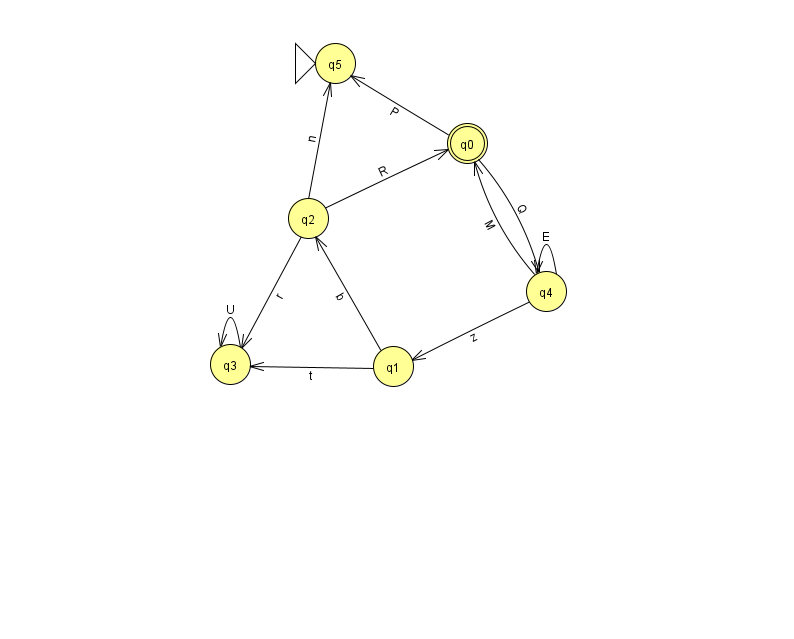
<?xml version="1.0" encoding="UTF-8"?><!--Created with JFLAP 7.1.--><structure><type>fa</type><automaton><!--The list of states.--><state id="0" name="q0"><x>467.0</x><y>130.0</y><final/></state><state id="1" name="q1"><x>393.0</x><y>353.0</y></state><state id="2" name="q2"><x>308.0</x><y>205.0</y></state><state id="3" name="q3"><x>230.0</x><y>351.0</y></state><state id="4" name="q4"><x>546.0</x><y>278.0</y></state><state id="5" name="q5"><x>335.0</x><y>50.0</y><initial/></state><!--The list of transitions.--><transition><from>0</from><to>5</to><read>P</read></transition><transition><from>4</from><to>1</to><read>z</read></transition><transition><from>2</from><to>5</to><read>n</read></transition><transition><from>4</from><to>0</to><read>M</read></transition><transition><from>3</from><to>3</to><read>U</read></transition><transition><from>4</from><to>4</to><read>E</read></transition><transition><from>1</from><to>3</to><read>t</read></transition><transition><from>2</from><to>3</to><read>r</read></transition><transition><from>1</from><to>2</to><read>b</read></transition><transition><from>0</from><to>4</to><read>Q</read></transition><transition><from>2</from><to>0</to><read>R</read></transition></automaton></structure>